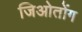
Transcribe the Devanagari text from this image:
जिओतोंग